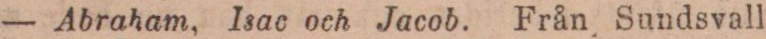
— Abraham, Isac och Jacob. Från Sundsvall